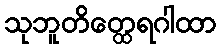
သုဘူတိတ္ထေရဂါထာ